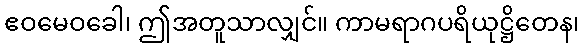
ဧဝမေဝခေါ၊ ဤအတူသာလျှင်။ ကာမရာဂပရိယုဋ္ဌိတေန၊